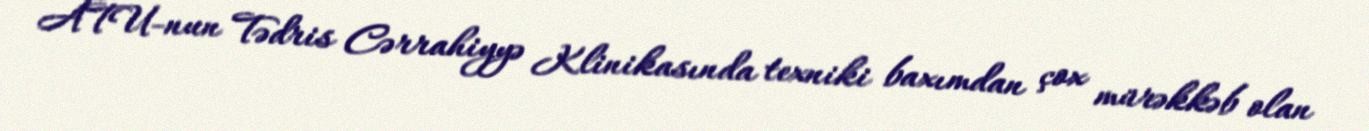
ATU-nun Tədris Cərrahiyyə Klinikasında texniki baxımdan çox mürəkkəb olan